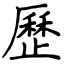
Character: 歷